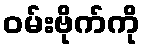
ဝမ်းဗိုက်ကို